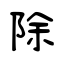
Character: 除